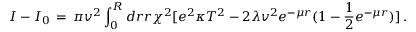
I - I _ { 0 } \, = \, \pi v ^ { 2 } \int _ { 0 } ^ { R } d r r \chi ^ { 2 } [ e ^ { 2 } \kappa T ^ { 2 } - 2 \lambda v ^ { 2 } e ^ { - \mu r } ( 1 - { \frac { 1 } { 2 } } e ^ { - \mu r } ) ] \, .